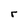
Character: r